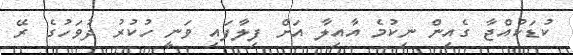
ކުޑަކުއްޖާ ގެއިން ނިކުމެ އާއިލާ އަށް ފިލާފައި ވަނީ ހުކުރު ދުވަހުގެ ރޭ